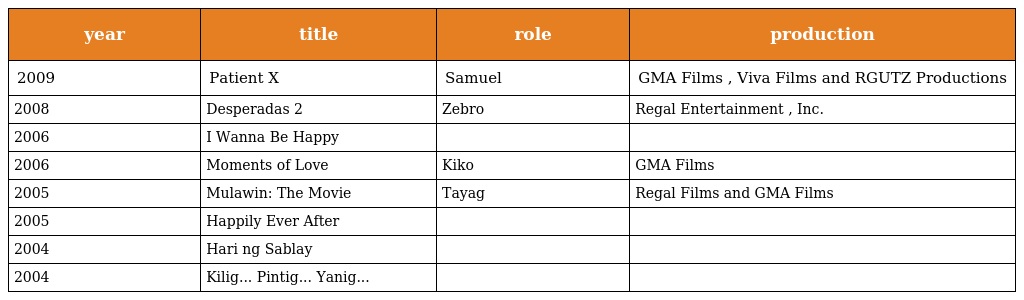
| year | title | role | production |
 | --- | --- | --- | --- |
 | 2009 | Patient X | Samuel | GMA Films , Viva Films and RGUTZ Productions |
 | 2008 | Desperadas 2 | Zebro | Regal Entertainment , Inc. |
 | 2006 | I Wanna Be Happy |  |  |
 | 2006 | Moments of Love | Kiko | GMA Films |
 | 2005 | Mulawin: The Movie | Tayag | Regal Films and GMA Films |
 | 2005 | Happily Ever After |  |  |
 | 2004 | Hari ng Sablay |  |  |
 | 2004 | Kilig... Pintig... Yanig... |  |  |